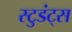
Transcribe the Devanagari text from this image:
स्टुडंट्‌स